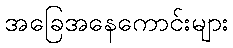
အခြေအနေကောင်းများ